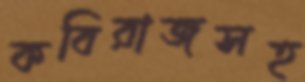
কবিরাজসহ